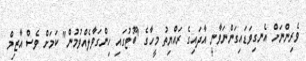
ވެރިންނަށް އެނގިވަޑައިގަންނަވާނީ އާދައިގެ ރައްޔިތު މީހާގެ "ބޫޓުގައި ހިންގަވާލެއްވުމުން" ކަމަށް ވެސް އާޒިމް